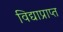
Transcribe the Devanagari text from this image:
विद्याप्राप्त